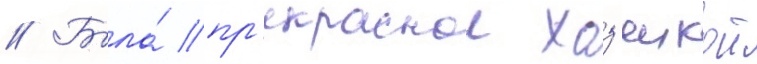
// Была́ пр'екраснои хоз'яикои